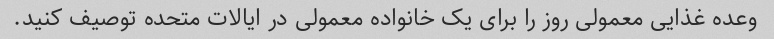
وعده غذایی معمولی روز را برای یک خانواده معمولی در ایالات متحده توصیف کنید.